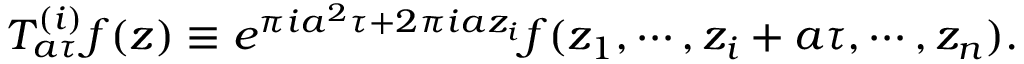
T _ { a \tau } ^ { ( i ) } f ( z ) \equiv e ^ { \pi i a ^ { 2 } \tau + 2 \pi i a z _ { i } } f ( z _ { 1 } , \cdots , z _ { i } + a \tau , \cdots , z _ { n } ) .